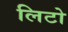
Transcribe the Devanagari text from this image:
लिटो